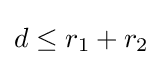
d\leq r_{1}+r_{2}